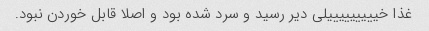
غذا خیییییییییلی دیر رسید و سرد شده بود و اصلا قابل خوردن نبود.